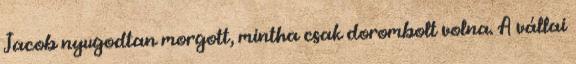
Jacob nyugodtan morgott, mintha csak dorombolt volna. A vállai